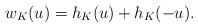
LaTeX: \begin{align*} w_K(u) = h_K(u) + h_K(-u). \end{align*}